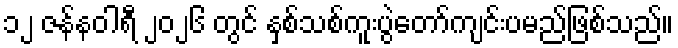
၁၂ ဇန်နဝါရီ ၂၀၂၆ တွင် နှစ်သစ်ကူးပွဲတော်ကျင်းပမည်ဖြစ်သည်။